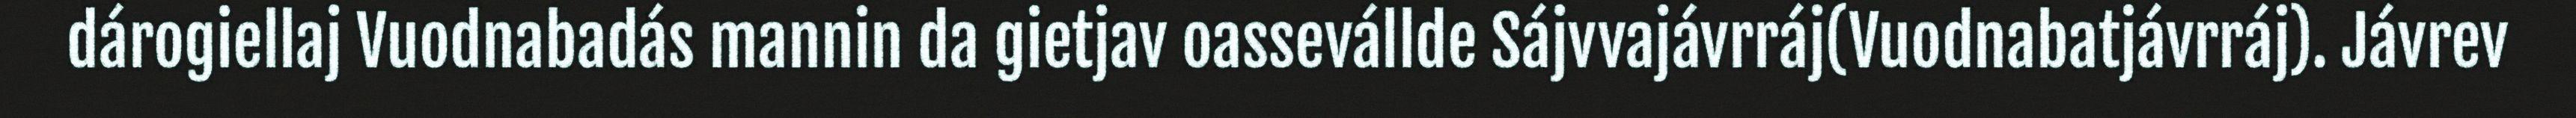
dárogiellaj Vuodnabadás mannin da gietjav oassevállde Sájvvajávrráj(Vuodnabatjávrráj). Jávrev